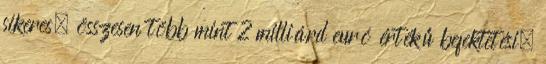
sikeres, összesen több mint 2 milliárd euró értékű befektetési.